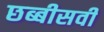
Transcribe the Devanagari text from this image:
छब्बीसवी